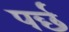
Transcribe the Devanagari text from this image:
पर्छ